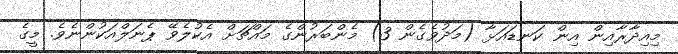
މިއިދާރާއިން އިން ކަނޑައަޅާ (މަދުވެގެން 3) މެންބަރުންގެ މައްޗަށް އެކުލެވޭ ޕެނަލްއަކުންނެވެ. މީގެ